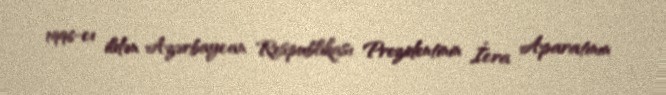
1996-cı ildən Azərbaycan Respublikası Prezidentinin İcra Aparatının